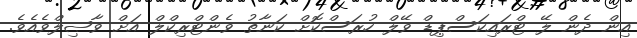
އިން ދެން ލޭ ޓްރައިކަސްޕިޑް ވޭލް ހުރަސްކޮށް ކަނާތު ވެންޓްރިކްލް އަށް ވާޞިލްވެއެވެ.